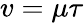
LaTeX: v=\mu\tau